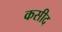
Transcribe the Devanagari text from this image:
कसीद